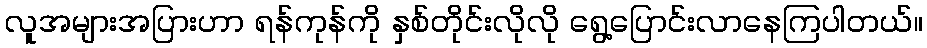
လူအများအပြားဟာ ရန်ကုန်ကို နှစ်တိုင်းလိုလို ရွေ့ပြောင်းလာနေကြပါတယ်။